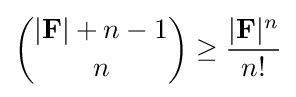
{|\mathbf {F} |+n-1 \choose n}\geq {\frac {|\mathbf {F} |^{n}}{n!}}